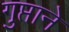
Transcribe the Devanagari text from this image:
गुप्ताने